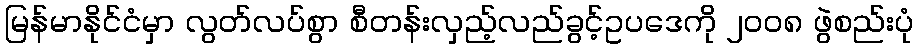
မြန်မာနိုင်ငံမှာ လွတ်လပ်စွာ စီတန်းလှည့်လည်ခွင့်ဥပဒေကို ၂၀၀၈ ဖွဲစည်းပုံ